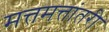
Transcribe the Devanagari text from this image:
मत्तमत्तांतरी